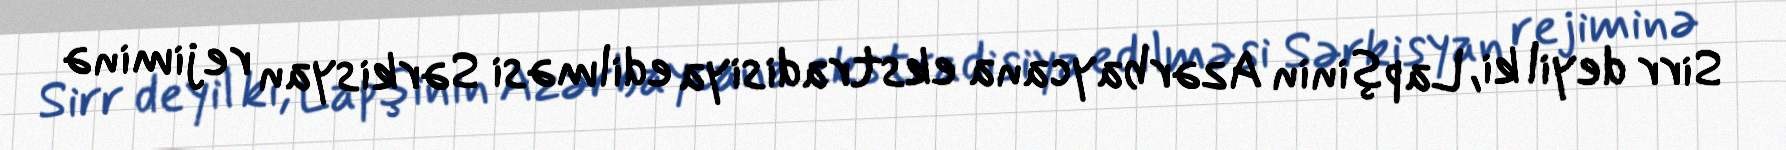
Sirr deyil ki, Lapşinin Azərbaycana ekstradisiya edilməsi Sərkisyan rejiminə